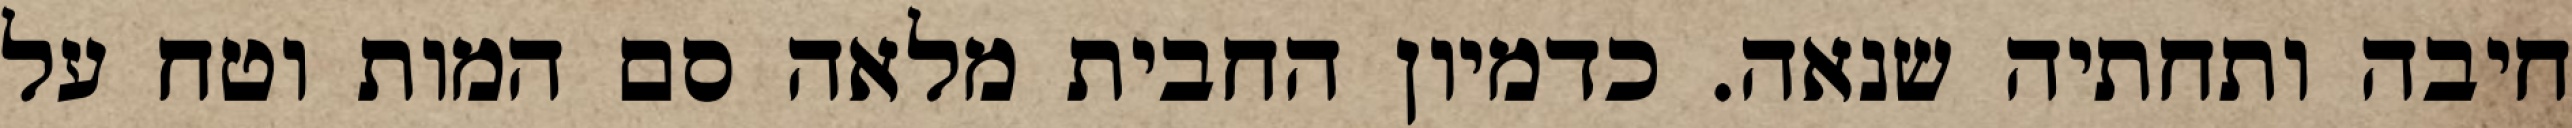
חיבה ותחתיה שנאה. כדמיון החבית מלאה סם המות וטח על